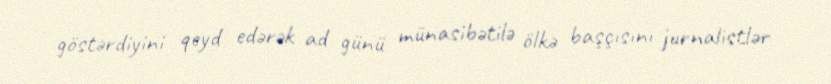
göstərdiyini qeyd edərək ad günü münasibətilə ölkə başçısını jurnalistlər